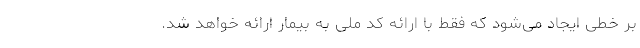
بر خطی ایجاد می‌شود که فقط با ارائه کد ملی به بیمار ارائه خواهد شد.